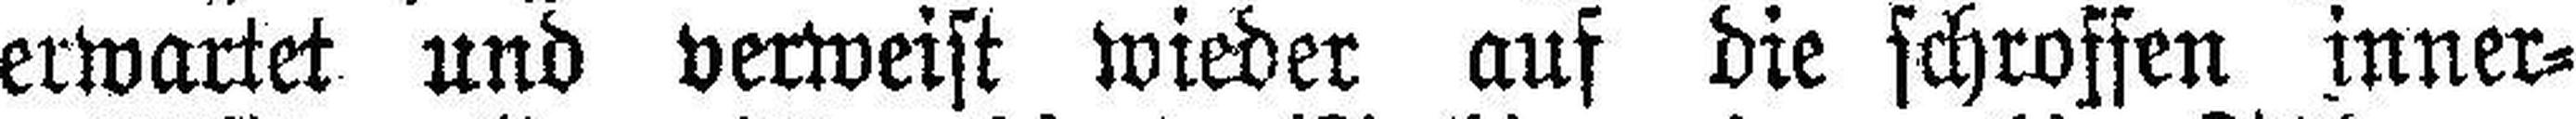
erwartet und verweist wieder auf die schroffen inner¬